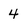
Character: 4